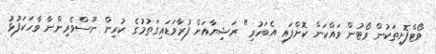
ވޯޓްފޮށިތަކުން ވޯޓުން ވައްކަން ކޮށްފައި އެބަހުރި" ރަޝިޔާއަށް ފުރާވަޑައިގަތުމުގެ ކުރިން ނޫސްވެރިންނާ ވާހަކަފުޅު